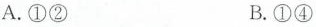
A.①② B.①④